Laidoner,_Johan, lk 105
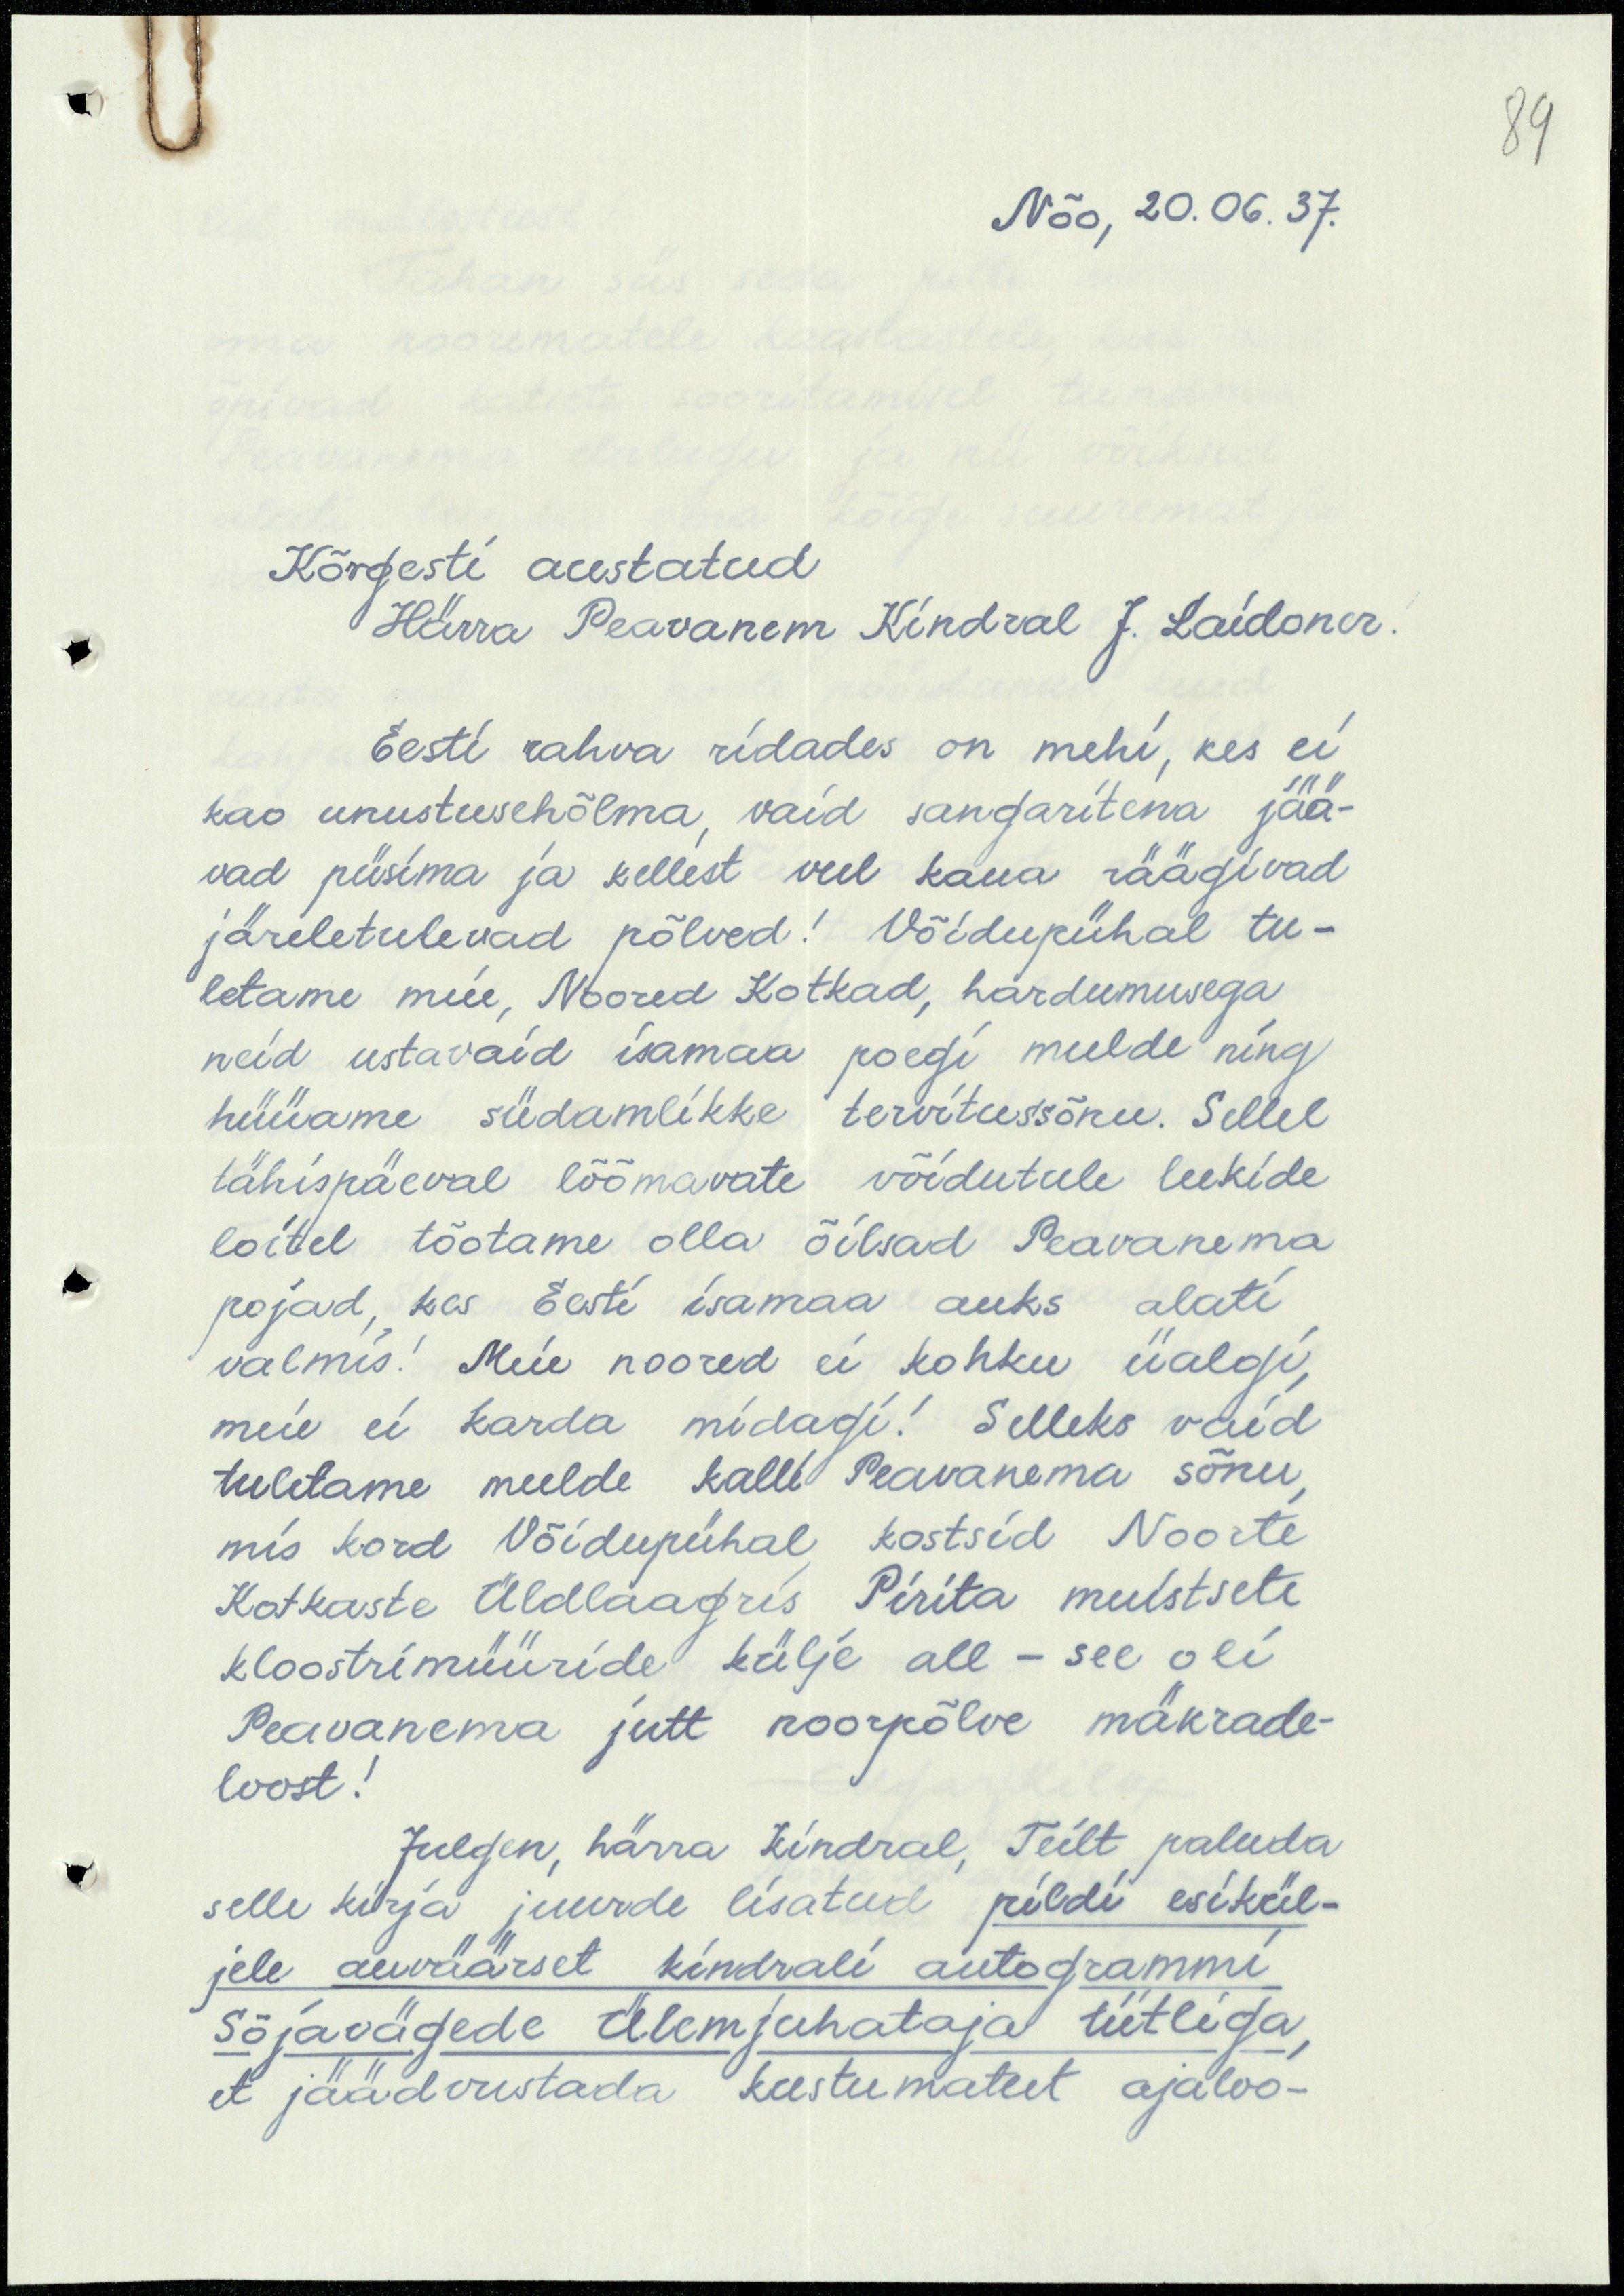
89

1
Nõo, 20.06.37.
Kõrgesti austatud
Härra Peavanem Kindral J. Laidoner
Eesti rahva ridades on mehi, kes ei
kao unustusehõlma, vaid sangaritena jää-
vad püsima ja kellest veel kaua räägivad
järeletulevad põlved! Võidupühal tu-
letame meie, Noored Kotkad, hardumusega
neid ustavaid isamaa poegi meelde ning
hüüame südamlikke tervitussõnu. Sellel
tähispäeval lõõmavate võidutule leekide
loitel tõotame olla õilsad Peavanema
pojad, kes Eesti isamaa auks alati
valmis! Meie noored ei kohku iialgi,
meie ei karda midagi! Selleks vaid
tuletame meelde kalli Peavanema sõnu,
mis kord Võidupühal kostsid Noorte
Kotkaste Üldlaagris Pirita muistsete
kloostrimüüride külje all - see oli
Peavanema jutt noorpõlve mäkrade-
loost!
Julgen, härra Kindral, Teilt paluda
selle kirja juurde lisatud pildi esikül-
jele auväärset kindrali autogrammi
Sõjavägede ülemjuhataja tiitliga,
et jäädvustada kustumatut ajaloo-